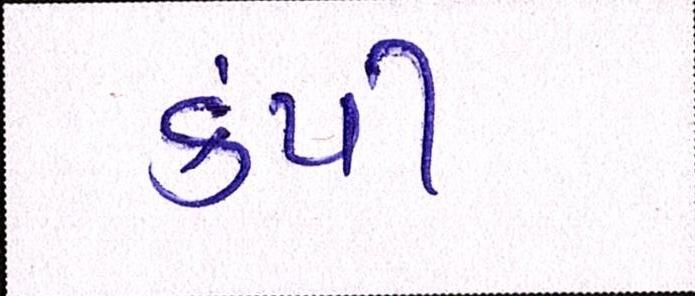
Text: કંપી